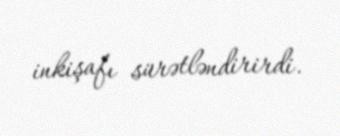
inkişafı sürətləndirirdi.